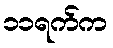
၁၁ရက်က